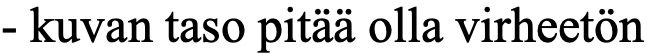
- kuvan taso pitää olla virheetön